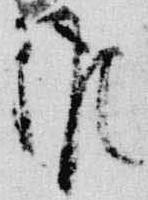
候